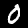
Digit: 0